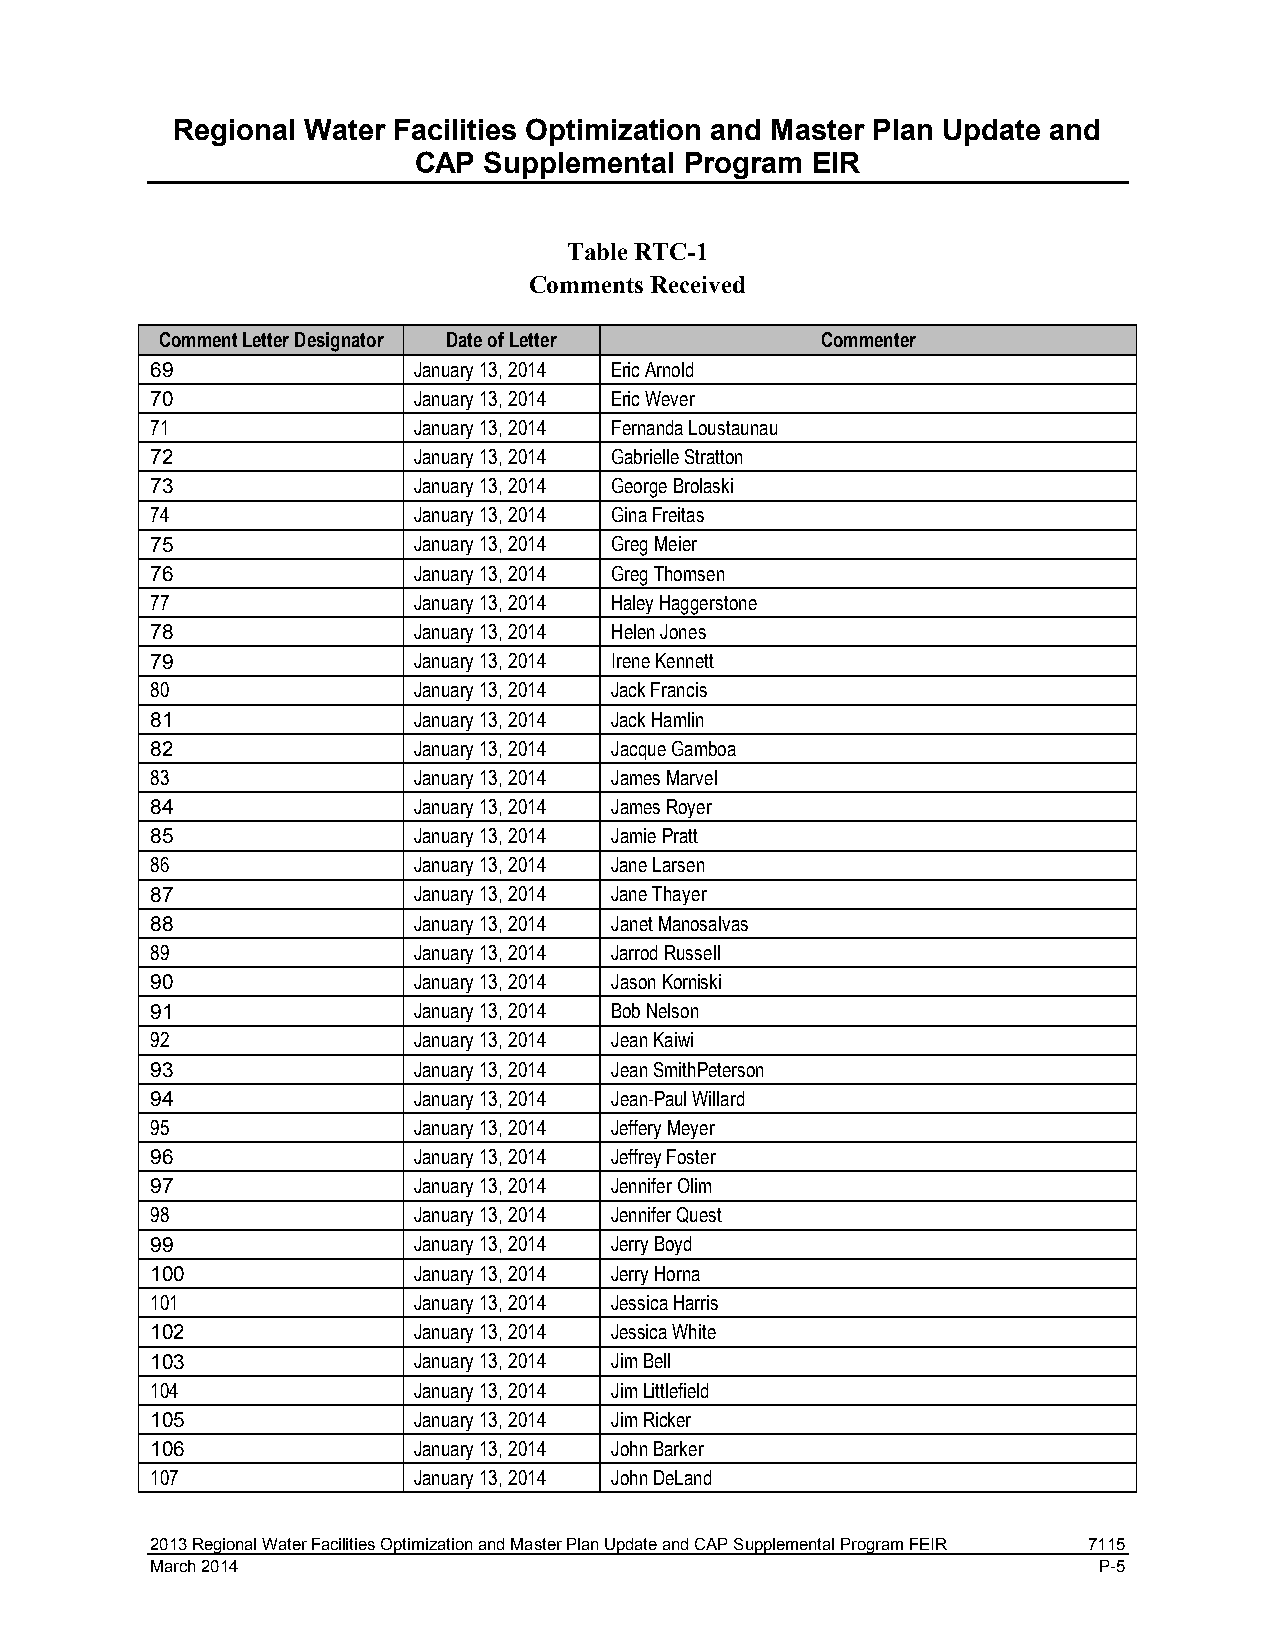
Regional Water Facilities Optimization and Master Plan Update and
 CAP  Supplemental Program  EIR
 Table RTC-1
 Comments Received
 Comment Letter Designator Date of Letter    Commenter
 69               January 13, 2014 Eric Arnold
 70               January 13, 2014 Eric Wever
 71               January 13, 2014 Fernanda Loustaunau
 72               January 13, 2014 Gabrielle Stratton
 73               January 13, 2014 George Brolaski
 74               January 13, 2014 Gina Freitas
 75               January 13, 2014 Greg Meier
 76               January 13, 2014 Greg Thomsen
 77               January 13, 2014 Haley Haggerstone
 78               January 13, 2014 Helen Jones
 79               January 13, 2014 Irene Kennett
 80               January 13, 2014 Jack Francis
 81               January 13, 2014 Jack Hamlin
 82               January 13, 2014 Jacque Gamboa
 83               January 13, 2014 James Marvel
 84               January 13, 2014 James Royer
 85               January 13, 2014 Jamie Pratt
 86               January 13, 2014 Jane Larsen
 87               January 13, 2014 Jane Thayer
 88               January 13, 2014 Janet Manosalvas
 89               January 13, 2014 Jarrod Russell
 90               January 13, 2014 Jason Korniski
 91               January 13, 2014 Bob Nelson
 92               January 13, 2014 Jean Kaiwi
 93               January 13, 2014 Jean SmithPeterson
 94               January 13, 2014 Jean-Paul Willard
 95               January 13, 2014 Jeffery Meyer
 96               January 13, 2014 Jeffrey Foster
 97               January 13, 2014 Jennifer Olim
 98               January 13, 2014 Jennifer Quest
 99               January 13, 2014 Jerry Boyd
 100              January 13, 2014 Jerry Horna
 101              January 13, 2014 Jessica Harris
 102              January 13, 2014 Jessica White
 103              January 13, 2014 Jim Bell
 104              January 13, 2014 Jim Littlefield
 105              January 13, 2014 Jim Ricker
 106              January 13, 2014 John Barker
 107              January 13, 2014 John DeLand
 2013 Regional Water Facilities Optimization and Master Plan Update and CAP Supplemental Program FEIR 7115
 March 2014                                                     P-5